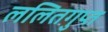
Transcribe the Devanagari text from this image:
ललितगुप्त